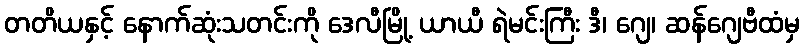
တတိယနှင့် နောက်ဆုံးသတင်းကို ဒေလီမြို့ ယာယီ ရဲမင်းကြီး ဒီ၊ ဂျေ၊ ဆန်ဂျေဗီထံမှ